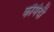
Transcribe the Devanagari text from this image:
कौमेदी